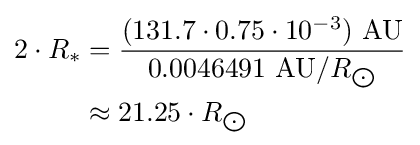
{\begin{aligned}2\cdot R_{*}&={\frac {(131.7\cdot 0.75\cdot 10^{-3})\ {\text{AU}}}{0.0046491\ {\text{AU}}/R_{\bigodot }}}\\&\approx 21.25\cdot R_{\bigodot }\end{aligned}}